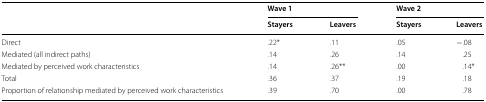
<table><thead><tr><td rowspan="2"></td><td colspan="2"><b>Wave 1</b></td><td colspan="2"><b>Wave 2</b></td></tr><tr><td><b>Stayers</b></td><td><b>Leavers</b></td><td><b>Stayers</b></td><td><b>Leavers</b></td></tr></thead><tbody><tr><td>Direct</td><td>.22*</td><td>.11</td><td>.05</td><td>−.08</td></tr><tr><td>Mediated (all indirect paths)</td><td>.14</td><td>.26</td><td>.14</td><td>.25</td></tr><tr><td>Mediated by perceived work characteristics</td><td>.14</td><td>.26**</td><td>.00</td><td>.14*</td></tr><tr><td>Total</td><td>.36</td><td>.37</td><td>.19</td><td>.18</td></tr><tr><td>Proportion of relationship mediated by perceived work characteristics</td><td>.39</td><td>.70</td><td>.00</td><td>.78</td></tr></tbody></table>